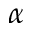
\alpha